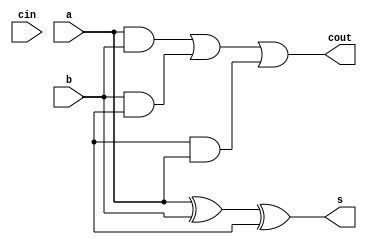
module full_adder(s, cout, a, b, cin);
  
  input a, b, cin;
  output s, cout;
  assign s = a^b^c;
  assign cout = (a&b) | (b&c) | (c&a);
  
endmodule